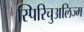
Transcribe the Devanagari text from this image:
स्पिरिचुअलिज्म